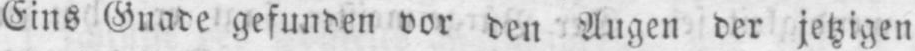
Eins Gnade gefunden vor den Augen der jetzigen